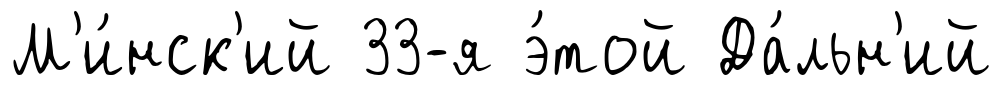
М'и́нск'ий 33-я э́той Да́льн'ий